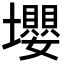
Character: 𡓫